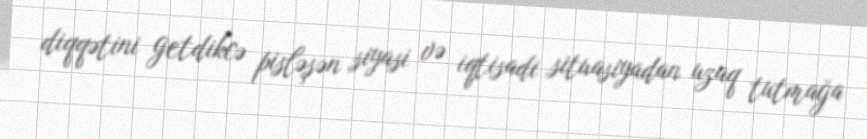
diqqətini getdikcə pisləşən siyasi və iqtisadi situasiyadan uzaq tutmağa